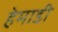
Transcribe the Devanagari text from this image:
हेमाडी